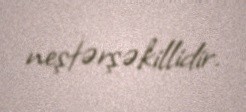
neştərşəkillidir.